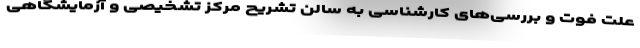
علت فوت و بررسی‌های کارشناسی به سالن تشریح مرکز تشخیصی و آزمایشگاهی